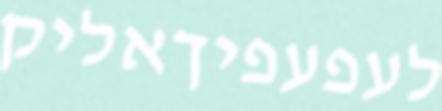
לעפעפיךאליק